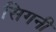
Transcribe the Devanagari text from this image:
सिगनी